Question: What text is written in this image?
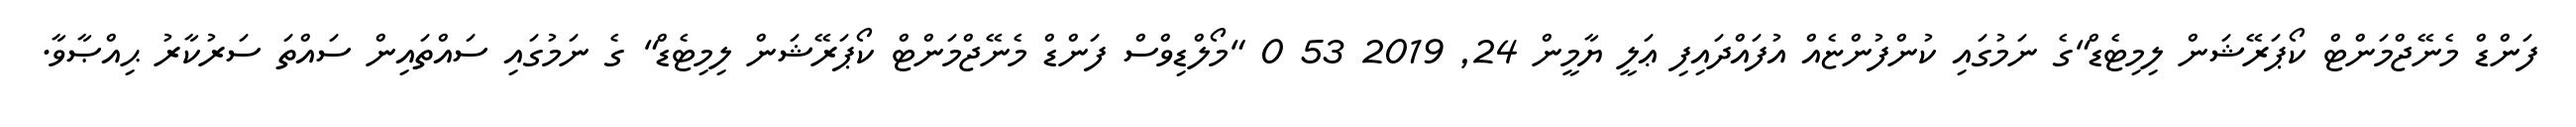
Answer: ފަންޑް މެނޭޖްމަންޓް ކޯޕަރޭޝަން ލިމިޓެޑް"ގެ ނަމުގައި ކުންފުންޏެއް އުފައްދައިފި ޢަލީ ޔާމީން 24, 2019 53 0 "މޯލްޑިވްސް ފަންޑް މެނޭޖްމަންޓް ކޯޕަރޭޝަން ލިމިޓެޑް" ގެ ނަމުގައި ސައްތައިން ސައްތަ ސަރުކާރު ޙިއްޞާވާ.